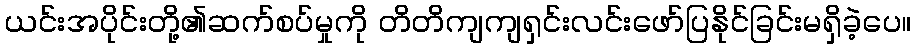
ယင်းအပိုင်းတို့၏ဆက်စပ်မှုကို တိတိကျကျရှင်းလင်းဖော်ပြနိုင်ခြင်းမရှိခဲ့ပေ။